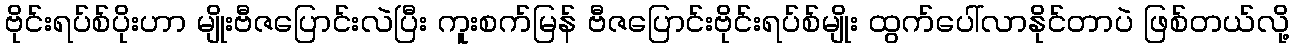
ဗိုင်းရပ်စ်ပိုးဟာ မျိုးဗီဇပြောင်းလဲပြီး ကူးစက်မြန် ဗီဇပြောင်းဗိုင်းရပ်စ်မျိုး ထွက်ပေါ်လာနိုင်တာပဲ ဖြစ်တယ်လို့